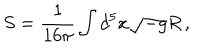
LaTeX: S = \frac { 1 } { 1 6 \pi } \int d ^ { 5 } x \sqrt { - g } R \, ,